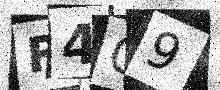
Text: R4G9